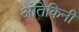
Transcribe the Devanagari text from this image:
अंतिकिनी